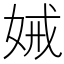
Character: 𭑺